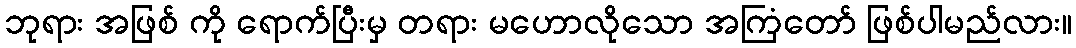
ဘုရား အဖြစ် ကို ရောက်ပြီးမှ တရား မဟောလိုသော အကြံတော် ဖြစ်ပါမည်လား။